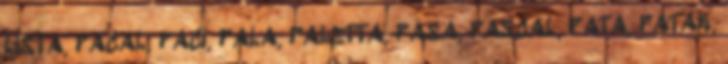
LISTA, PACAL, PACI, PALA, PALETTA, PASA, PASCAL, PATA, PATAK,